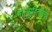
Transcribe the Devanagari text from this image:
मात्सुहितोच्या